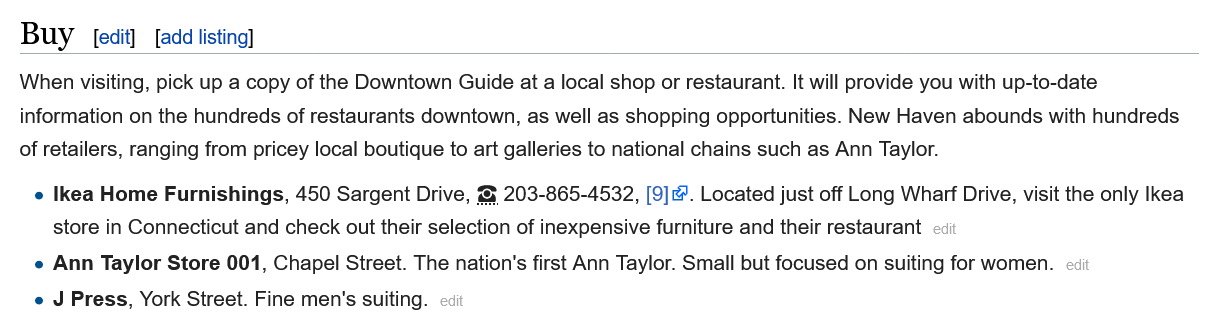
Buy    edit [add listing
  When visiting, pick up a copy of the Downtown Guide at a local shop or restaurant. It will provide you with up-to-date
  information on the hundreds of restaurants downtown, as well as shopping opportunities. New Haven abounds with hundreds
  of retailers, ranging from pricey local boutique to art galleries to national chains such as Ann Taylor.
    e Ikea Home Furnishings, 450 Sargent Drive, & 203-865-4532, [9]. Located just off Long Wharf Drive, visit the only |
     store in Connecticut and check out their selection of inexpensive furniture and their restaurant
    e Ann Taylor Store 001, Chapel Street. The nation's first Ann Taylor. Small but focused on suiting for women.
    e J Press, York Street. Fine men's suiting.